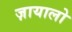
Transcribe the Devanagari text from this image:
ज़ायालो